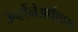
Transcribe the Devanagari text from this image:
उन्होंनेअर्थशास्त्र